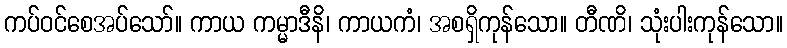
ကပ်ဝင်စေအပ်သော်။ ကာယ ကမ္မာဒီနိ၊ ကာယကံ၊ အစရှိကုန်သော။ တီဏိ၊ သုံးပါးကုန်သော။